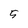
Character: 5